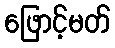
ဖြောင့်မတ်